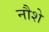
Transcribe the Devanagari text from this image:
नौशे